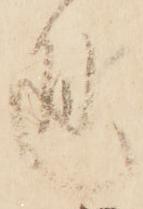
通